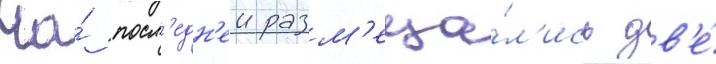
На́ посл'едн'еи разм'еща́л'ись дв'е́